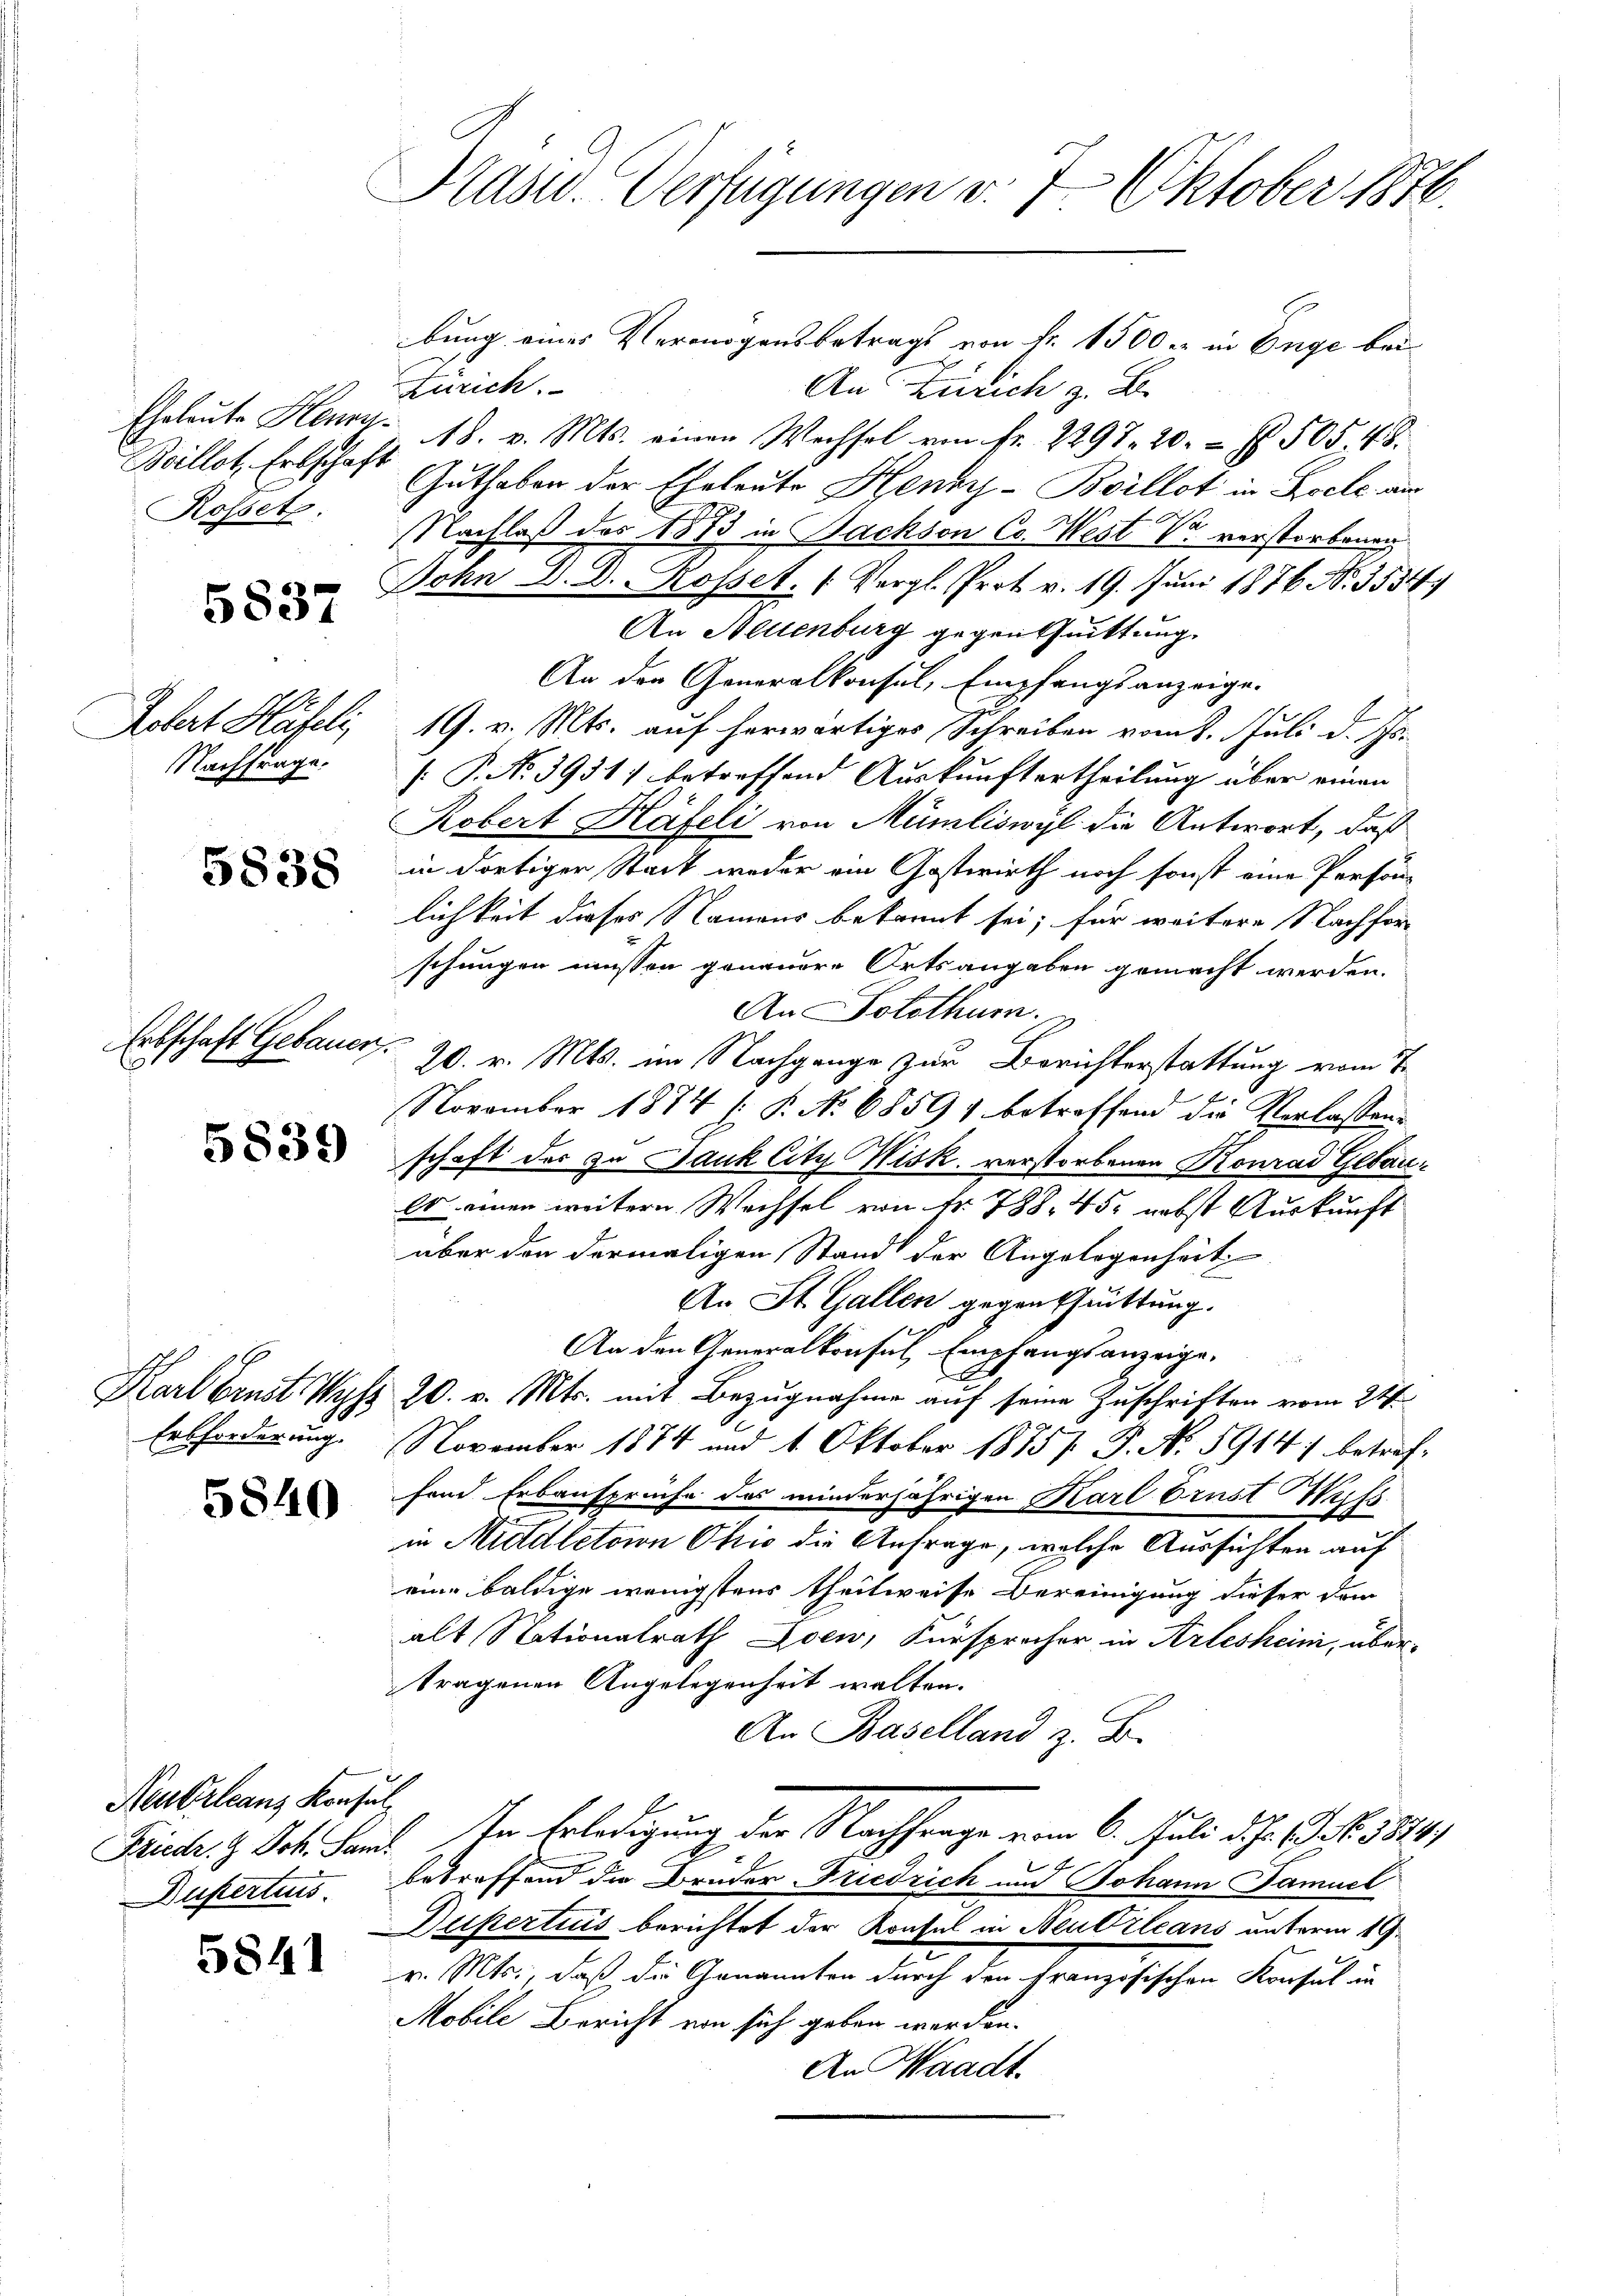
5837

Robert Häfeli,
NNachfrage.

5838

Erbschaft Gebauen.

5839

5840

Neubrleans Konsul

5841

Präsid. Verfügungen v. 7. Oktober 1876.

bung eines Vermögensbetrags von fr. 1500 er in Enge bei
Zürich.
An Zürich z. B.
Eheleute Henry 18. v. Mts. einen Wechsel von fr. 2297. 20. 505. 48.
Baillet, Erbschaft Guthaben der Eheleute Henry-Boillot in Biele aus
Rosset. Nachlaß des 1873 in Bachson Co. West Dr. verstorbenen
John D. D. Rosset. (Vergl. Prot. v. 19. Juni 1876. No. 3534)
An Neuenburg gegentuittung.
An den Generalkonsul, Empfangsanzeige.
19. v. Mts. auf herwärtiges Schreiben vom 8. Juli d. Js.
[: P. No 3931) betreffend Auskunftertheilung über einen
Robert Häfeli von Mümliswyl die Antwort, daß
in dortiger Stadt weder ein Gastwirth noch sonst eine Persön-
lichkeit dieses Namens bekannt sei; für weitere Nachfor
schungen müssen genauere Ortsangaben gemacht werden.
An Solothur.
20. v. Mts. im Nachgange zur Berichterstattung vom 7.
November 1874 (: P. No 68591 betreffend die Verlassens
g
schaft des zu Jauk City Nisk. verstorbenen Konrad Gebau¬
Er einen weitern Wechsel von Nr. 788. 452 nebst Auskunft
über den dermaligen Stand der Angelegenheit
An St. Gallen gegenschrittung.
An den Generalkonsul Empfangsanzeige,
.
Karl Brust Wyss 20. v. Mts. mit Bezugnahme auf seine Zuschriften vom 24.
Erbforderung November 1874 und 1. Oktober 1875 P. Nr. 5914 betreffand Erbansprüche das minderjährigen Karl Brust Muss
in Mitdletoion Ohio die Anfrage, welche Aussichten auf
eine baldige wenigstens theilweise Bereinigung dieser dem
alt Stationalrath Zoen, Fürsprocher in Arlesheim, über-
tragenen Angelegenheit walten.
An Baselland z. B.
Früche. H. Joh. Lauf. In Erledigung der Nachfrage vom 6. Juli d. J. C. S. 1884.
Dupertus, betreffend die Brüder Friedrich und Johann Famuel
Dupertius berichtet der Konsul in Neutrleans unterm 19.
v. Mts., daß die Genannten durch den Französischen Konsul in
Mobile Bericht von sich geben werden.
An Waadt.